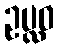
ဥပ္လဝ